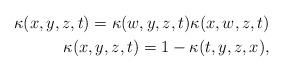
LaTeX: \begin{align*}\kappa(x,y,z,t)=\kappa (w,y,z,t)\kappa(x,w,z,t)\\\kappa (x,y,z,t)=1-\kappa(t,y,z,x),\end{align*}